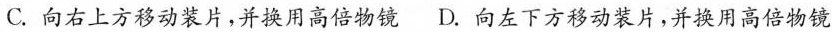
C.向右上方移动装片，并换用高倍物镜D.向左下方移动装片，并换用高倍物镜